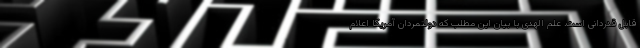
قابل قدردانی است. علم الهدی با بیان این مطلب که دولتمردان آمریکا اعلام